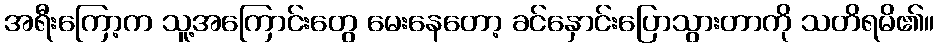
အရီးကြော့က သူ့အကြောင်းတွေ မေးနေတော့ ခင်နှောင်းပြောသွားတာကို သတိရမိ၏။